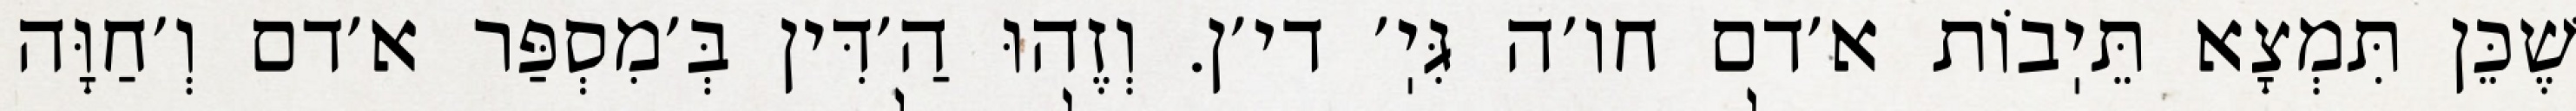
שֶׁכֵּן תִּמְצָא תֵּיֽבוֹת א׳דם חו׳ה גִּיֽ׳ די׳ן. וְזֶהוּ הַ׳דִּין בְּ׳מִסְפַּר א׳דם וְ׳חַוָּה